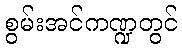
စွမ်းအင်ကဏ္ဍတွင်